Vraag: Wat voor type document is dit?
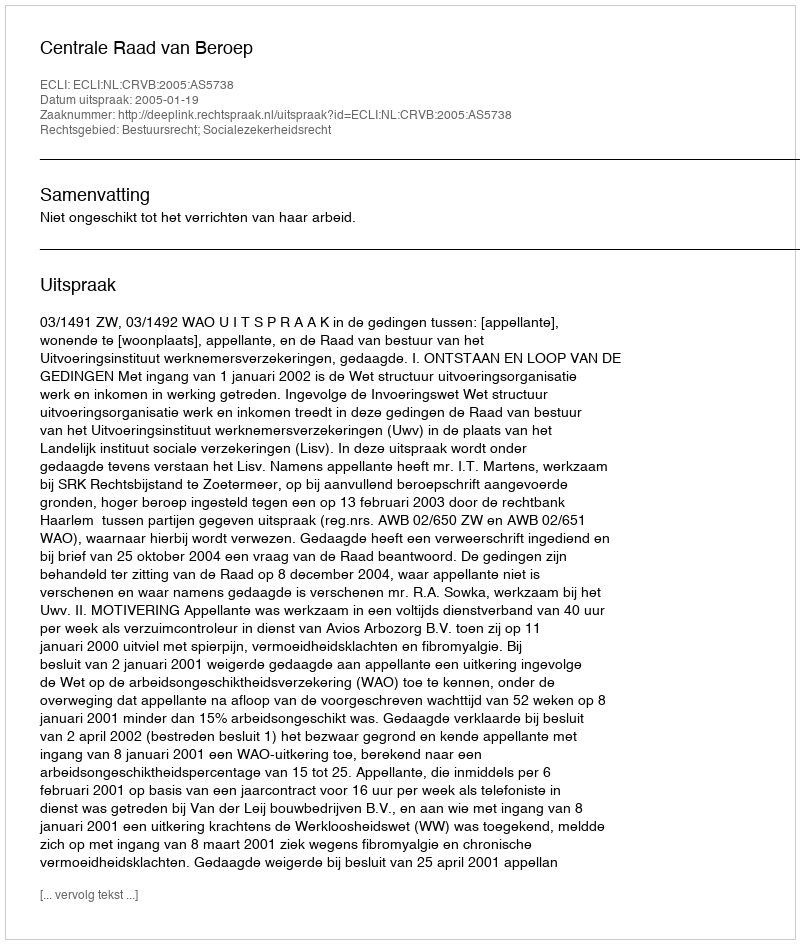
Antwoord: Uitspraak